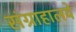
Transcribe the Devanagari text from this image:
संग्राहालये